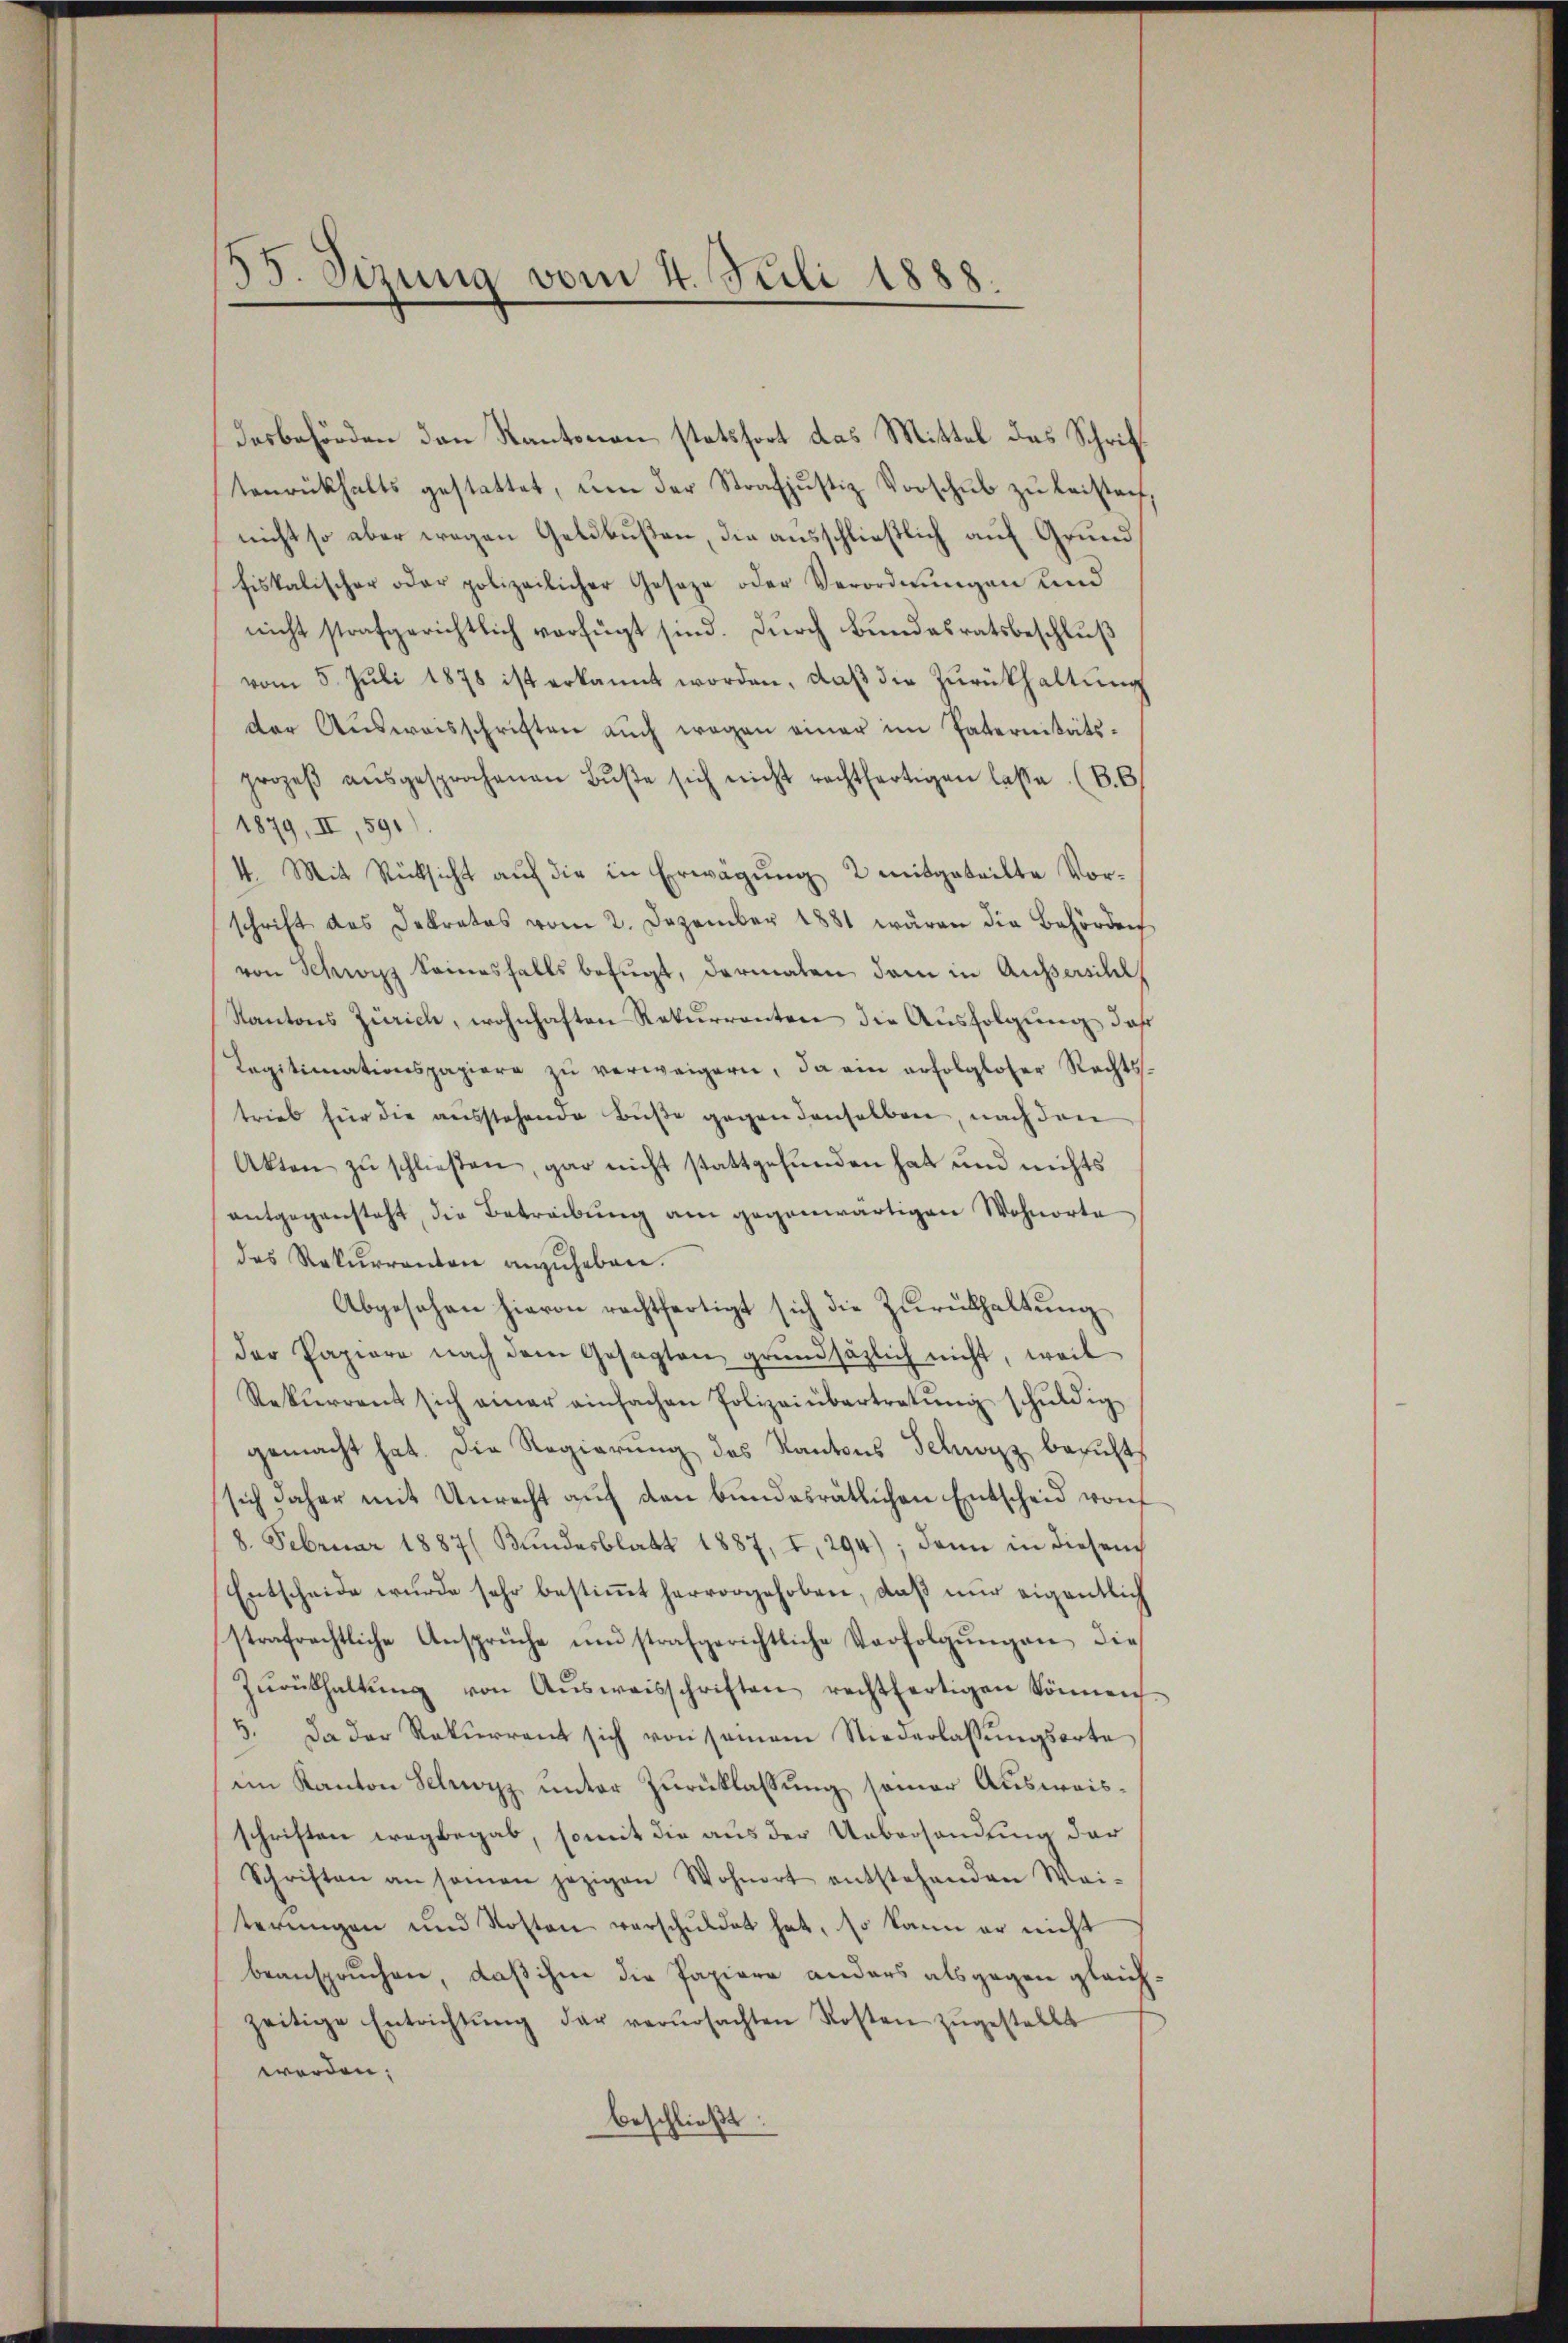
35. Sizung vom 4. Juli 1888.

Dosbehörden den Kantonau stetsfort das Mittel das Schriftenrückhalts gestattet, ŭm der Strafjustiz Vorschŭb zŭ leisten,
nicht so aber wegen Geldbußten, die ausschließlich auf Grund
fiskalischer oder polizeilicher Geseze oder Verordnŭngen und
nicht strafgerichtlich verfügt sind. Durch Bundesratsbeschluß
vom 5. Jŭli 1878 ist erkannt worden, daβ die Zurückhaltung
der Aŭsweisschriften aŭch wegen einer im Paternitäts-
prozeβ aŭsgesprochenen Bŭβe sich nicht rechtfertigen lasse (B.6
1879, II, 591
4. Mit Rücksicht auf die in Erwägung 2 mitgeteilte Vorschrift das Dekrates vom 2. Dezember 1881 wären die Behörden
von Schwyz keinesfalls befugt, dermalen dem in Aussersihl
Kantons Zürich, wohnhaften Rekurrenten die Aŭsfolgŭng, daß
Legitimationspapiere zŭ verweigern, da ein erfolgloser Rechts-
trieb für die ausstehende Buße gegen denselben, nach den
Akten zŭ schließen, gar nicht stattgefunden hat und nichts
antgegensteht, die Betreibung am gegenwärtigen Wohnorte
das Rekurrenton anzŭheben.
Abgesehen hievon rechtfertigt sich die Zurückhaltung
der Papiere nach dem Gesagten grundsätzlich nicht, weil
Rekŭrrent sich einer einfachen Polizeiübertretŭng schŭldig
gemacht hat. Die Regierŭng des Kantons Schwyz beruht,
sich daher mit Unrecht auf den bundesrätlichen Entscheid von
8. Februar 1887 ( Bŭndesblatt 1887, I, 294); dann in diesem
Entscheide wurde sehr bestiṁt hervorgehoben, daβ nŭr eigentlich
strafrechtliche Ansprüche und strafgerichtliche Verfolgungen die
Zŭrükhaltŭng von Aŭsweisschriften rechtfertigen können
3. Da der Rekŭrrent sich von seinem Niederlassŭngsorte
im Kanton Schwyz unter Zurücklassung seiner Ausweisschriften wegbegab, somit die aus der Uebersendung der
Schriften an samen jezigen Wohnort entstehenden Wai-
terŭngen und Kosten verschuldet hat, so kann er nicht
beanspruchen, daß ihm die Papiere anders als gegen gleichzeitige Entrichtŭng der verŭrsachten Kosten zŭgestellt
werden;
beschließt: